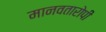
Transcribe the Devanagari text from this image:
मानवतारोपी